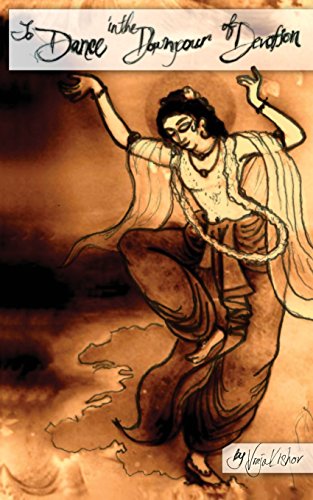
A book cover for To Dance in the Downpour of Devotion: A Summary Study of Madhurya Kadambini; Vraja Kishor; Religion & Spirituality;